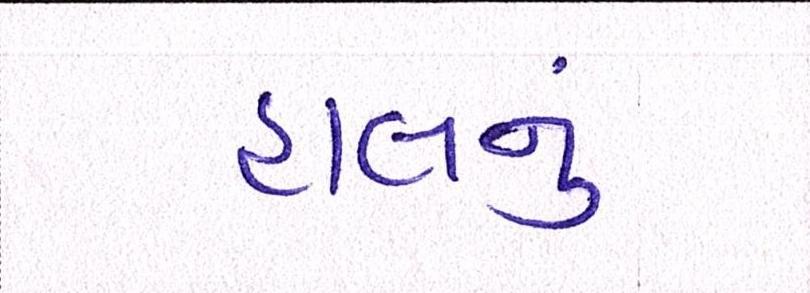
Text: હાલનું